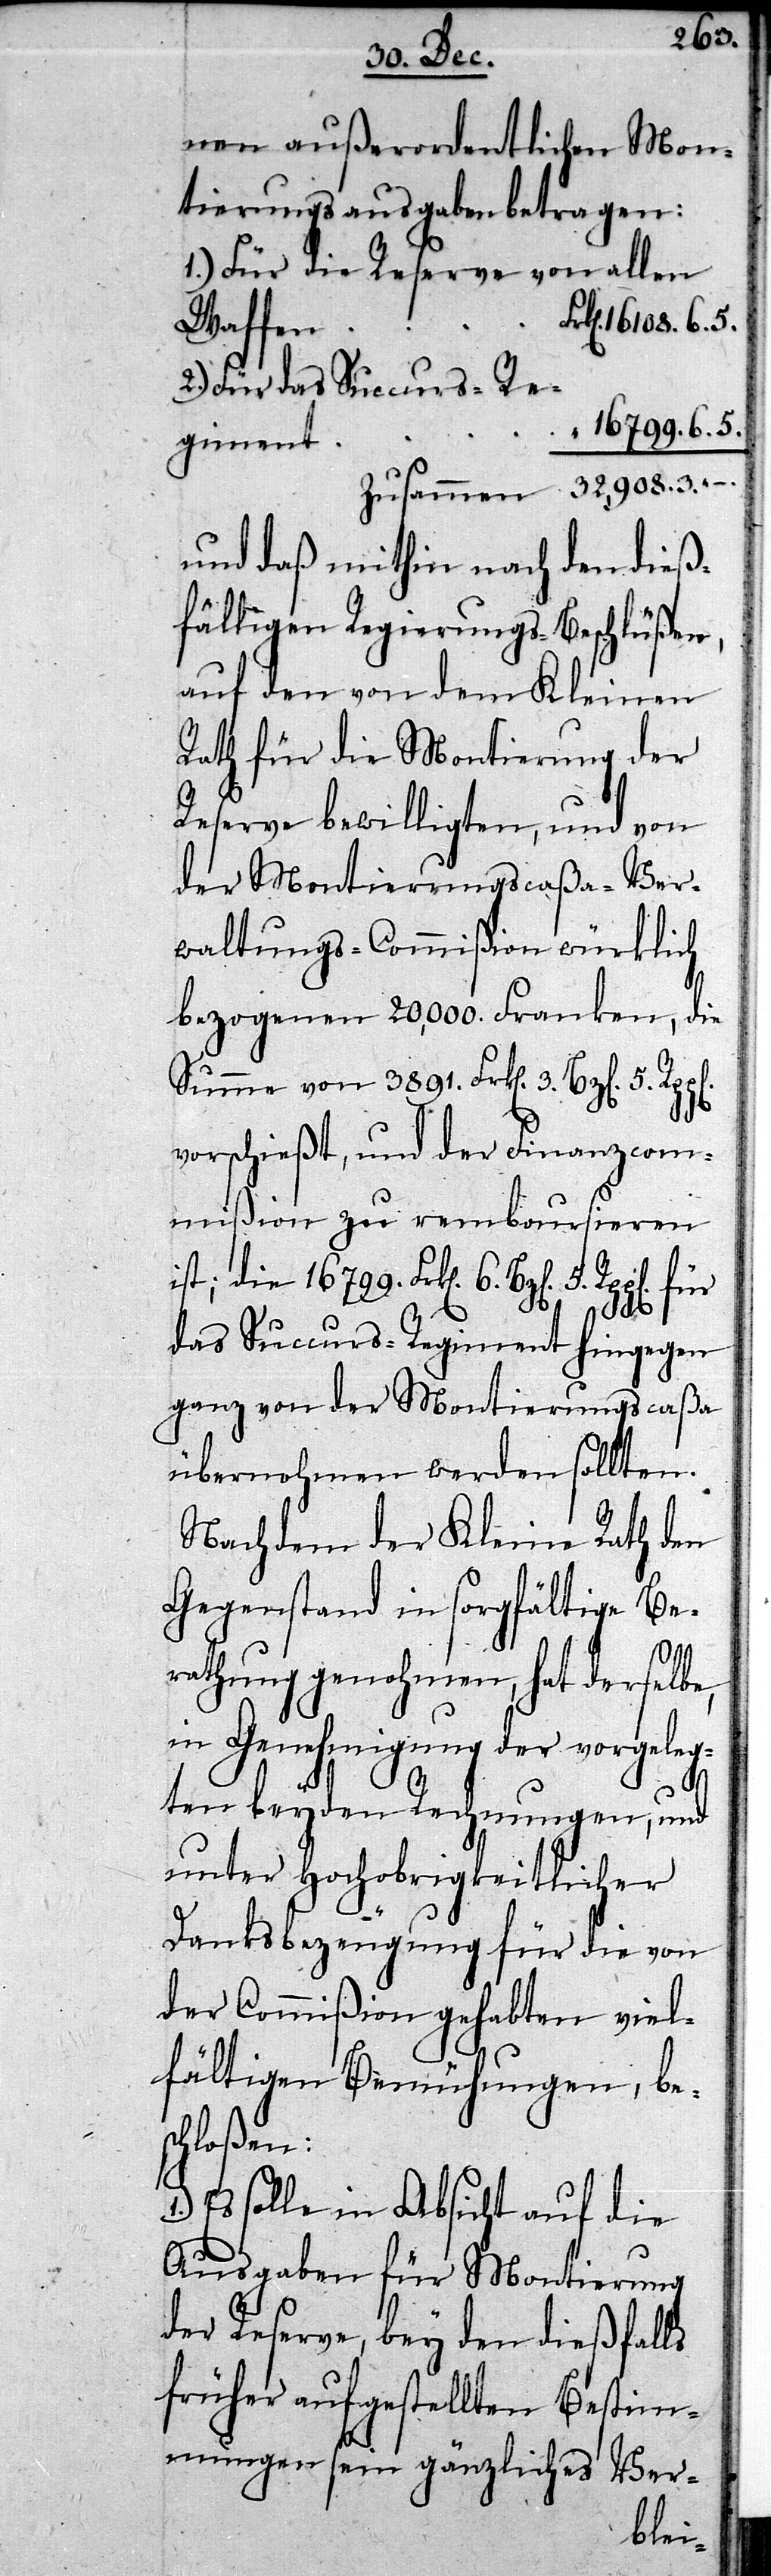
nen außerordentlichen Mon¬
tierungsausgaben betragen:
1.) Für die Reserve von allen
2.) Für das Succurs-Re¬
t	„	16799.6.5.
gimen¬
zusammen	32,908.3.–.
und daß mithin nach den dieß¬
fälligen Regierungs-Beschlüßen,
auf den von dem Kleinen
Rath für die Montierung der
Reserve bewilligten, und von
der Montierungscaßa-Ver¬
waltungs-Commißion würklich
bezogenen 20,000. Franken, die
Summe von 3891. Frken 3. Bzen. 5. Rppen
1.)
vorschießt, und der Finanzcom¬
mißion zu remboursieren
ist; die 16799. Frken 6. Bzen 5. Rppen für
das Succurs-Regiment hingegen
ganz von der Montierungscaßa
übernohmen werden sollten.
Nachdem der Kleine Rath den
Gegenstand in sorgfältige Be¬
rathung genohmen, hat derselbe,
in Genehmigung der vorgeleg¬
ten beyden Rechnungen, und
unter Hochobrigkeitlicher
Danksbezeugung für die von
der Commißion gehabten viel¬
fältigen Bemühungen, bes¬
chloßen:
Es solle in Absicht auf die
Ausgaben für Montierung
der Reserve, bey den dießfalls
früher aufgestellten Bestim¬
mungen sein gänzliches Ver-